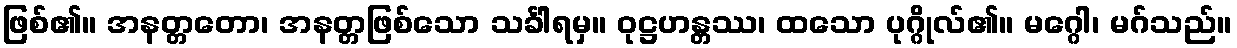
ဖြစ်၏။ အနတ္တတော၊ အနတ္တဖြစ်သော သင်္ခါရမှ။ ဝုဋ္ဌဟန္တဿ၊ ထသော ပုဂ္ဂိုလ်၏။ မဂ္ဂေါ၊ မဂ်သည်။